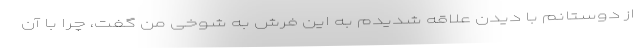
از دوستانم با دیدن علاقه شدیدم به این فرش به شوخی من گفت، چرا با آن